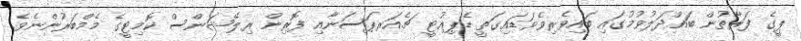
ޕީގެ ފަރާތުން ބައްދަލުވުމުގައި ބައިވެރިވެވަޑައިގަތީ ޑެޕިއުޓީ ޗެއަރޕަސަނާއި ފޮރިން ރިލޭޝަންސް ކޮމިޓީގެ މެމްބަރުންނެވެ.